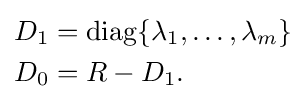
{\begin{aligned}D_{1}&=\operatorname {diag} \{\lambda _{1},\dots ,\lambda _{m}\}\\D_{0}&=R-D_{1}.\end{aligned}}